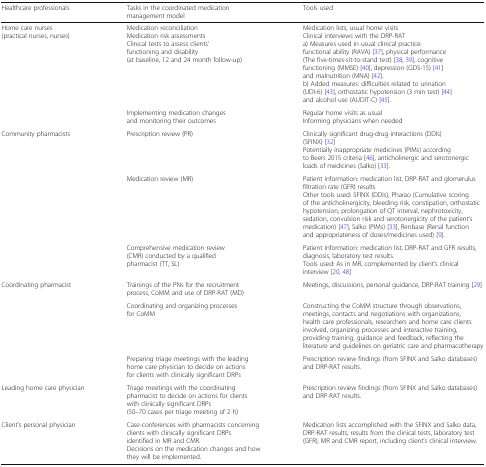
<table><thead><tr><td><b>Healthcare professionals</b></td><td><b>Tasks in the coordinated medication management model</b></td><td><b>Tools used</b></td></tr></thead><tbody><tr><td rowspan="2">Home care nurses (practical nurses, nurses)</td><td>Medication reconciliationMedication risk assessmentsClinical tests to assess clients’ functioning and disability (at baseline, 12 and 24 month follow-up)</td><td>Medication lists, usual home visitsClinical interviews with the DRP-RATa) Measures used in usual clinical practice: functional ability (RAVA) [37], physical performance (The five-times-sit-to-stand test) [38, 39], cognitive functioning (MMSE) [40], depression (GDS-15) [41] and malnutrition (MNA) [42].b) Added measures: difficulties related to urination (UDI-6) [43], orthostatic hypotension (3 min test) [44] and alcohol use (AUDIT-C) [45].</td></tr><tr><td>Implementing medication changes and monitoring their outcomes</td><td>Regular home visits as usualInforming physicians when needed</td></tr><tr><td rowspan="3">Community pharmacists</td><td>Prescription review (PR)</td><td>Clinically significant drug-drug interactions (DDIs) (SFINX) [32]Potentially inappropriate medicines (PIMs) according to Beers 2015 criteria [46], anticholinergic and serotonergic loads of medicines (Salko) [33].</td></tr><tr><td>Medication review (MR)</td><td>Patient information: medication list, DRP-RAT and glomerulus filtration rate (GFR) resultsOther tools used: SFINX (DDIs), Pharao (Cumulative scoring of the anticholinergicity, bleeding risk, constipation, orthostatic hypotension, prolongation of QT interval, nephrotoxicity, sedation, convulsion risk and serotonergicity of the patient’s medication) [47], Salko (PIMs) [33], Renbase (Renal function and appropriateness of doses/medicines used) [9].</td></tr><tr><td>Comprehensive medication review (CMR) conducted by a qualified pharmacist (TT, SL)</td><td>Patient information: medication list, DRP-RAT and GFR results, diagnosis, laboratory test results.Tools used: As in MR, complemented by client’s clinical interview [20, 48]</td></tr><tr><td rowspan="3">Coordinating pharmacist</td><td>Trainings of the PNs for the recruitment process, CoMM and use of DRP-RAT (MD)</td><td>Meetings, discussions, personal guidance, DRP-RAT training [29]</td></tr><tr><td>Coordinating and organizing processes for CoMM</td><td>Constructing the CoMM structure through observations, meetings, contacts and negotiations with organizations, health care professionals, researchers and home care clients involved, organizing processes and interactive training, providing training, guidance and feedback, reflecting the literature and guidelines on geriatric care and pharmacotherapy</td></tr><tr><td>Preparing triage meetings with the leading home care physician to decide on actions for clients with clinically significant DRPs</td><td>Prescription review findings (from SFINX and Salko databases) and DRP-RAT results.</td></tr><tr><td>Leading home care physician</td><td>Triage meetings with the coordinating pharmacist to decide on actions for clients with clinically significant DRPs (50–70 cases per triage meeting of 2 h)</td><td>Prescription review findings (from SFINX and Salko databases) and DRP-RAT results.</td></tr><tr><td>Client’s personal physician</td><td>Case-conferences with pharmacists concerning clients with clinically significant DRPs identified in MR and CMR.Decisions on the medication changes and how they will be implemented.</td><td>Medication lists accomplished with the SFINX and Salko data, DRP-RAT results, results from the clinical tests, laboratory test (GFR), MR and CMR report, including client’s clinical interview.</td></tr></tbody></table>